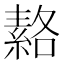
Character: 𦃅